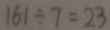
1 6 1 \div 7 = 2 3